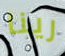
رينا